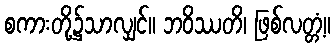
စကားတို့၌သာလျှင်။ ဘဝိဿတိ၊ ဖြစ်လတ္တံ့။